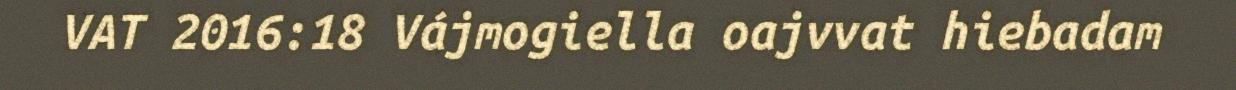
VAT 2016:18 Vájmogiella oajvvat hiebadam